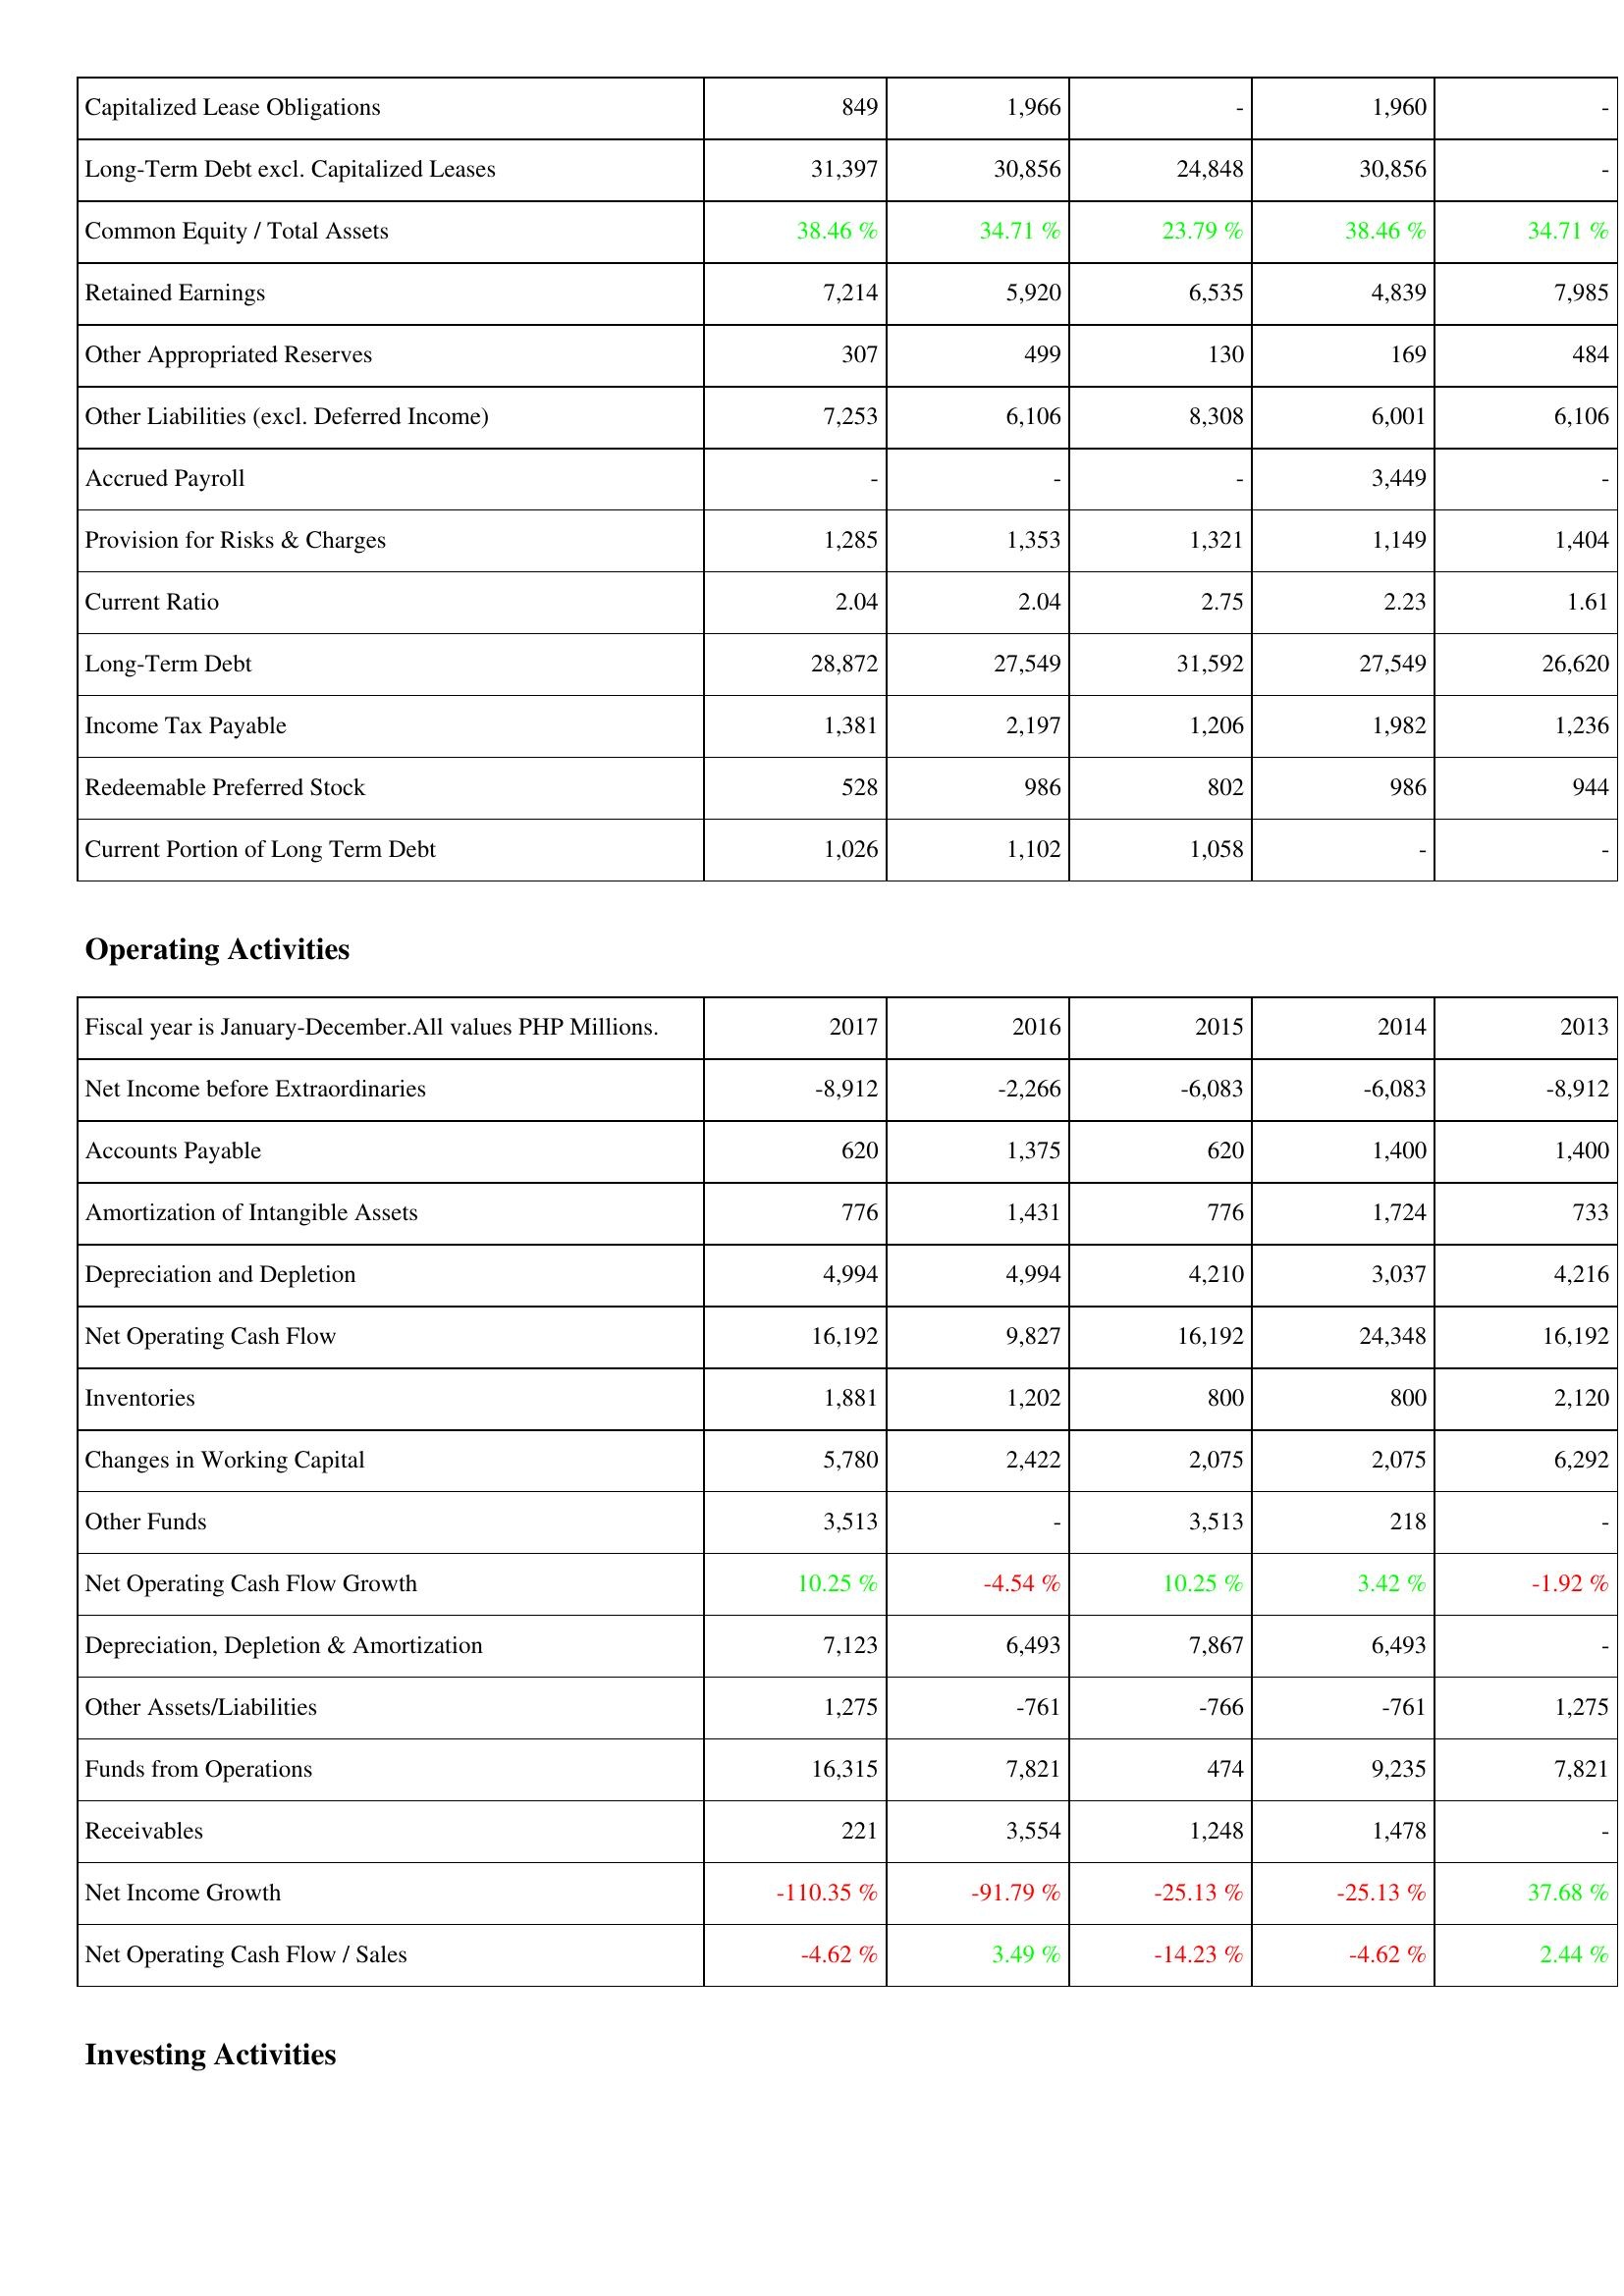
2017: Liabilities & Shareholders' Equity: Capitalized Lease Obligations: 849
Long-Term Debt excl. Capitalized Leases: 31,397
Common Equity / Total Assets: 38.46 %
Retained Earnings: 7,214
Other Appropriated Reserves: 307
Other Liabilities (excl. Deferred Income): 7,253
Accrued Payroll: -
Provision for Risks & Charges: 1,285
Current Ratio: 2.04
Long-Term Debt: 28,872
Income Tax Payable: 1,381
Redeemable Preferred Stock: 528
Current Portion of Long Term Debt: 1,026
Operating Activities: Net Income before Extraordinaries: -8,912
Accounts Payable: 620
Amortization of Intangible Assets: 776
Depreciation and Depletion: 4,994
Net Operating Cash Flow: 16,192
Inventories: 1,881
Changes in Working Capital: 5,780
Other Funds: 3,513
Net Operating Cash Flow Growth: 10.25 %
Depreciation, Depletion & Amortization: 7,123
Other Assets/Liabilities: 1,275
Funds from Operations: 16,315
Receivables: 221
Net Income Growth: -110.35 %
Net Operating Cash Flow / Sales: -4.62 %
2016: Liabilities & Shareholders' Equity: Capitalized Lease Obligations: 1,966
Long-Term Debt excl. Capitalized Leases: 30,856
Common Equity / Total Assets: 34.71 %
Retained Earnings: 5,920
Other Appropriated Reserves: 499
Other Liabilities (excl. Deferred Income): 6,106
Accrued Payroll: -
Provision for Risks & Charges: 1,353
Current Ratio: 2.04
Long-Term Debt: 27,549
Income Tax Payable: 2,197
Redeemable Preferred Stock: 986
Current Portion of Long Term Debt: 1,102
Operating Activities: Net Income before Extraordinaries: -2,266
Accounts Payable: 1,375
Amortization of Intangible Assets: 1,431
Depreciation and Depletion: 4,994
Net Operating Cash Flow: 9,827
Inventories: 1,202
Changes in Working Capital: 2,422
Other Funds: -
Net Operating Cash Flow Growth: -4.54 %
Depreciation, Depletion & Amortization: 6,493
Other Assets/Liabilities: -761
Funds from Operations: 7,821
Receivables: 3,554
Net Income Growth: -91.79 %
Net Operating Cash Flow / Sales: 3.49 %
2015: Liabilities & Shareholders' Equity: Capitalized Lease Obligations: -
Long-Term Debt excl. Capitalized Leases: 24,848
Common Equity / Total Assets: 23.79 %
Retained Earnings: 6,535
Other Appropriated Reserves: 130
Other Liabilities (excl. Deferred Income): 8,308
Accrued Payroll: -
Provision for Risks & Charges: 1,321
Current Ratio: 2.75
Long-Term Debt: 31,592
Income Tax Payable: 1,206
Redeemable Preferred Stock: 802
Current Portion of Long Term Debt: 1,058
Operating Activities: Net Income before Extraordinaries: -6,083
Accounts Payable: 620
Amortization of Intangible Assets: 776
Depreciation and Depletion: 4,210
Net Operating Cash Flow: 16,192
Inventories: 800
Changes in Working Capital: 2,075
Other Funds: 3,513
Net Operating Cash Flow Growth: 10.25 %
Depreciation, Depletion & Amortization: 7,867
Other Assets/Liabilities: -766
Funds from Operations: 474
Receivables: 1,248
Net Income Growth: -25.13 %
Net Operating Cash Flow / Sales: -14.23 %
2014: Liabilities & Shareholders' Equity: Capitalized Lease Obligations: 1,960
Long-Term Debt excl. Capitalized Leases: 30,856
Common Equity / Total Assets: 38.46 %
Retained Earnings: 4,839
Other Appropriated Reserves: 169
Other Liabilities (excl. Deferred Income): 6,001
Accrued Payroll: 3,449
Provision for Risks & Charges: 1,149
Current Ratio: 2.23
Long-Term Debt: 27,549
Income Tax Payable: 1,982
Redeemable Preferred Stock: 986
Current Portion of Long Term Debt: -
Operating Activities: Net Income before Extraordinaries: -6,083
Accounts Payable: 1,400
Amortization of Intangible Assets: 1,724
Depreciation and Depletion: 3,037
Net Operating Cash Flow: 24,348
Inventories: 800
Changes in Working Capital: 2,075
Other Funds: 218
Net Operating Cash Flow Growth: 3.42 %
Depreciation, Depletion & Amortization: 6,493
Other Assets/Liabilities: -761
Funds from Operations: 9,235
Receivables: 1,478
Net Income Growth: -25.13 %
Net Operating Cash Flow / Sales: -4.62 %
2013: Liabilities & Shareholders' Equity: Capitalized Lease Obligations: -
Long-Term Debt excl. Capitalized Leases: -
Common Equity / Total Assets: 34.71 %
Retained Earnings: 7,985
Other Appropriated Reserves: 484
Other Liabilities (excl. Deferred Income): 6,106
Accrued Payroll: -
Provision for Risks & Charges: 1,404
Current Ratio: 1.61
Long-Term Debt: 26,620
Income Tax Payable: 1,236
Redeemable Preferred Stock: 944
Current Portion of Long Term Debt: -
Operating Activities: Net Income before Extraordinaries: -8,912
Accounts Payable: 1,400
Amortization of Intangible Assets: 733
Depreciation and Depletion: 4,216
Net Operating Cash Flow: 16,192
Inventories: 2,120
Changes in Working Capital: 6,292
Other Funds: -
Net Operating Cash Flow Growth: -1.92 %
Depreciation, Depletion & Amortization: -
Other Assets/Liabilities: 1,275
Funds from Operations: 7,821
Receivables: -
Net Income Growth: 37.68 %
Net Operating Cash Flow / Sales: 2.44 %